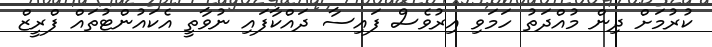
ކުރުމަށް ދިން މުއްދަތު ހަމަވި އިރުވެސް ފައިސާ ދައްކާފައި ނުވާތީ އެކައުންޓުތައް ފްރީޒް